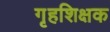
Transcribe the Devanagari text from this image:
गृहशिक्षक